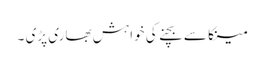
مینکا سے بچنے کی خواہش بھاری پڑی ۔